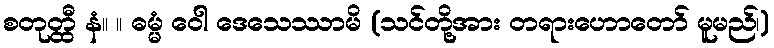
စတုတ္ထီ နံ။ ။ ဓမ္မံ ဝေါ ဒေသေဿာမိ (သင်တို့အား တရားဟောတော် မူမည်၊)